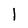
Character: l